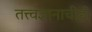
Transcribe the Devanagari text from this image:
तत्त्वज्ञानाचीही